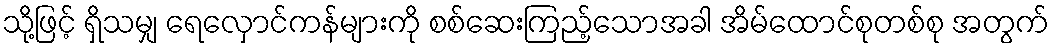
သို့ဖြင့် ရှိသမျှ ရေလှောင်ကန်များကို စစ်ဆေးကြည့်သောအခါ အိမ်ထောင်စုတစ်စု အတွက်